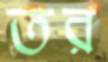
তর